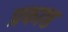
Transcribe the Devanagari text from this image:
प्रकाष्ठ